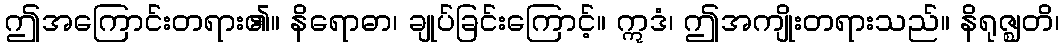
ဤအကြောင်းတရား၏။ နိရောဓာ၊ ချုပ်ခြင်းကြောင့်။ ဣဒံ၊ ဤအကျိုးတရားသည်။ နိရုဇ္ဈတိ၊